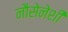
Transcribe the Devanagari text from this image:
नौसेनेशी